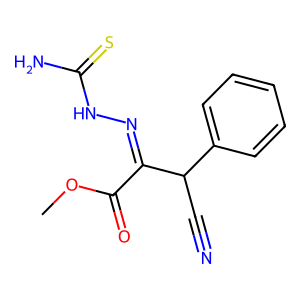
SMILES: COC(=O)C(=NNC(N)=S)C(C#N)c1ccccc1
Inhibits HIV replication: No